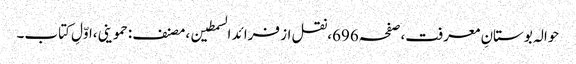
حوالہ بوستانِ معرفت،صفحہ696،نقل از فرائد السمطین،مصنف:حموینی،اوّلِ کتاب۔